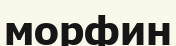
морфин